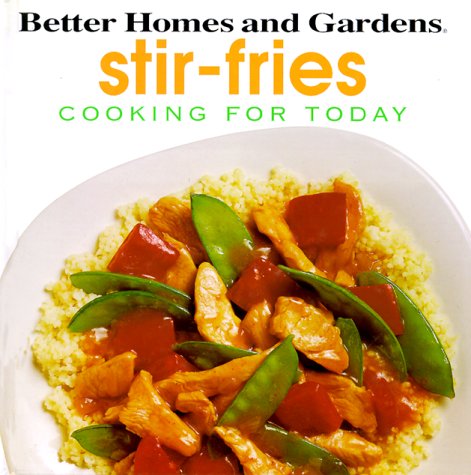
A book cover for Better Homes and Gardens Cooking for Today: Stir-Fries; Better Homes and Gardens Books; Cookbooks, Food & Wine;